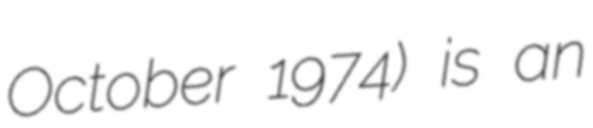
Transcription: October 1974) is an